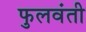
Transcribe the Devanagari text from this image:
फुलवंती